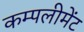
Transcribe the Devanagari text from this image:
कम्पलीमेंट